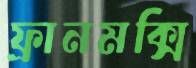
ফ্রানমক্সি